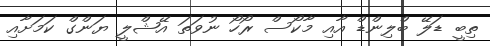
ތިބީ ޑަލޭ ބްލިންޑް އާއި މާކޯސް ރޯހޯ ނުވަތަ އޭޝްލީ ޔަންގް ކަމަށާއި